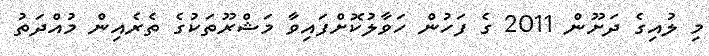
މި ލުއިގެ ދަށޫން 2011 ގެ ފަހުން ހަވާލުކޮށްފައިވާ މަޝްރޫތަކުގެ ތެރެއިން މުއްދަތު